Lunatic asylums Punjab 1868-1880 - 1868-1880
Year: 1868
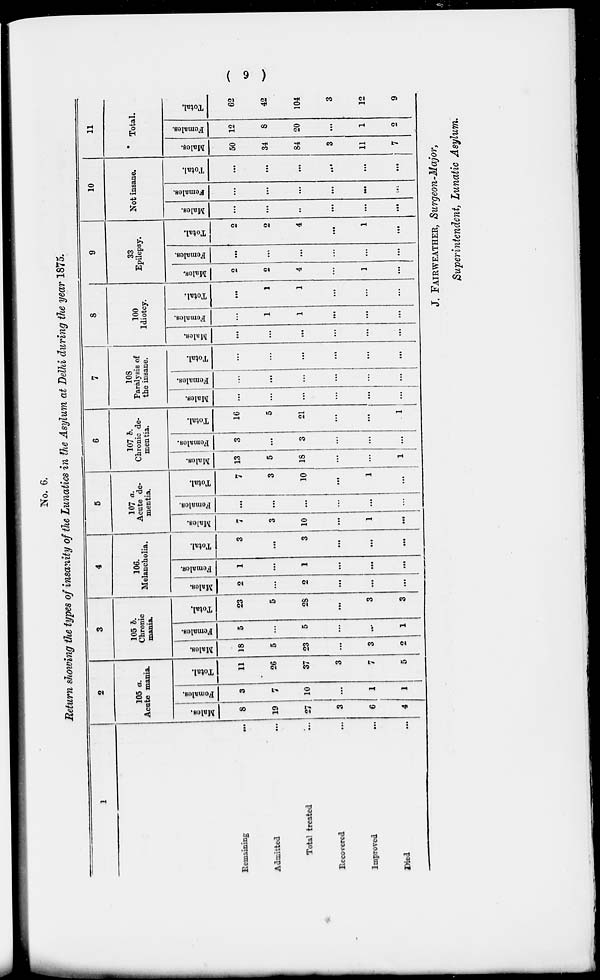
( 9 )
No. 6.
Return showing the types of insanity of the Lunatics in the Asylum at Delhi during the year 1875.
1
Remaining
...
Admitted
...
Total treated ...
Recovered
...
Improved ...
Died ...
2
105 a.
Acute mania.
Males.
8
19
27
3
6
4
Females.
3
7
10
...
1
1
Total.
11
26
37
3
7
5
3
105 b.
Chronic
mania.
Males.
18
5
23
...
3
2
Females.
5
...
5
...
...
1
Total.
23
5
28
...
3
3
4
106.
Melancholia.
Males.
2
...
2
...
...
...
Females.
1
5
1
...
...
...
Total.
3
...
3
...
...
...
5
107 a.
Acute de-
mentia.
Males.
7
3
10
...
1
...
Females.
...
...
...
...
...
...
Total.
7
3
10
...
1
...
6
107 b.
Chronic de-
mentia.
Males.
13
5
18
...
...
1
Females.
3
...
3
...
...
...
Total.
16
5
21
...
...
1
7
108
Paralysis of
the insane.
Males.
...
...
...
...
...
...
Females.
...
...
...
...
...
...
Total.
...
...
...
...
...
...
8
100
ldiotey.
Males.
...
...
...
...
...
...
Females.
...
1
1
...
...
...
Total.
...
1
1
...
...
...
9
33
Epilepsy.
Males.
2
2
4
...
1
...
Females.
...
...
...
...
...
...
Total.
2
2
4
...
1
...
10
Not insane.
Males.
...
...
...
...
...
...
Females.
...
...
...
...
...
...
Total,
...
...
...
...
...
...
11
Total.
Males.
50
34
84
3
11
7
Females.
12
8
20
...
1
2
Total.
62
42
104
3
12
9
J. FAIRWEATHER, Surgeon-Major,
Superintendent, Lunatic Asylum.